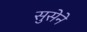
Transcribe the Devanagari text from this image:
सुसेने